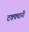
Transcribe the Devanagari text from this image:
टक्क्यानी